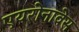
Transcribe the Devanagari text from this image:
एयरोनावेस